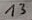
Text: 13